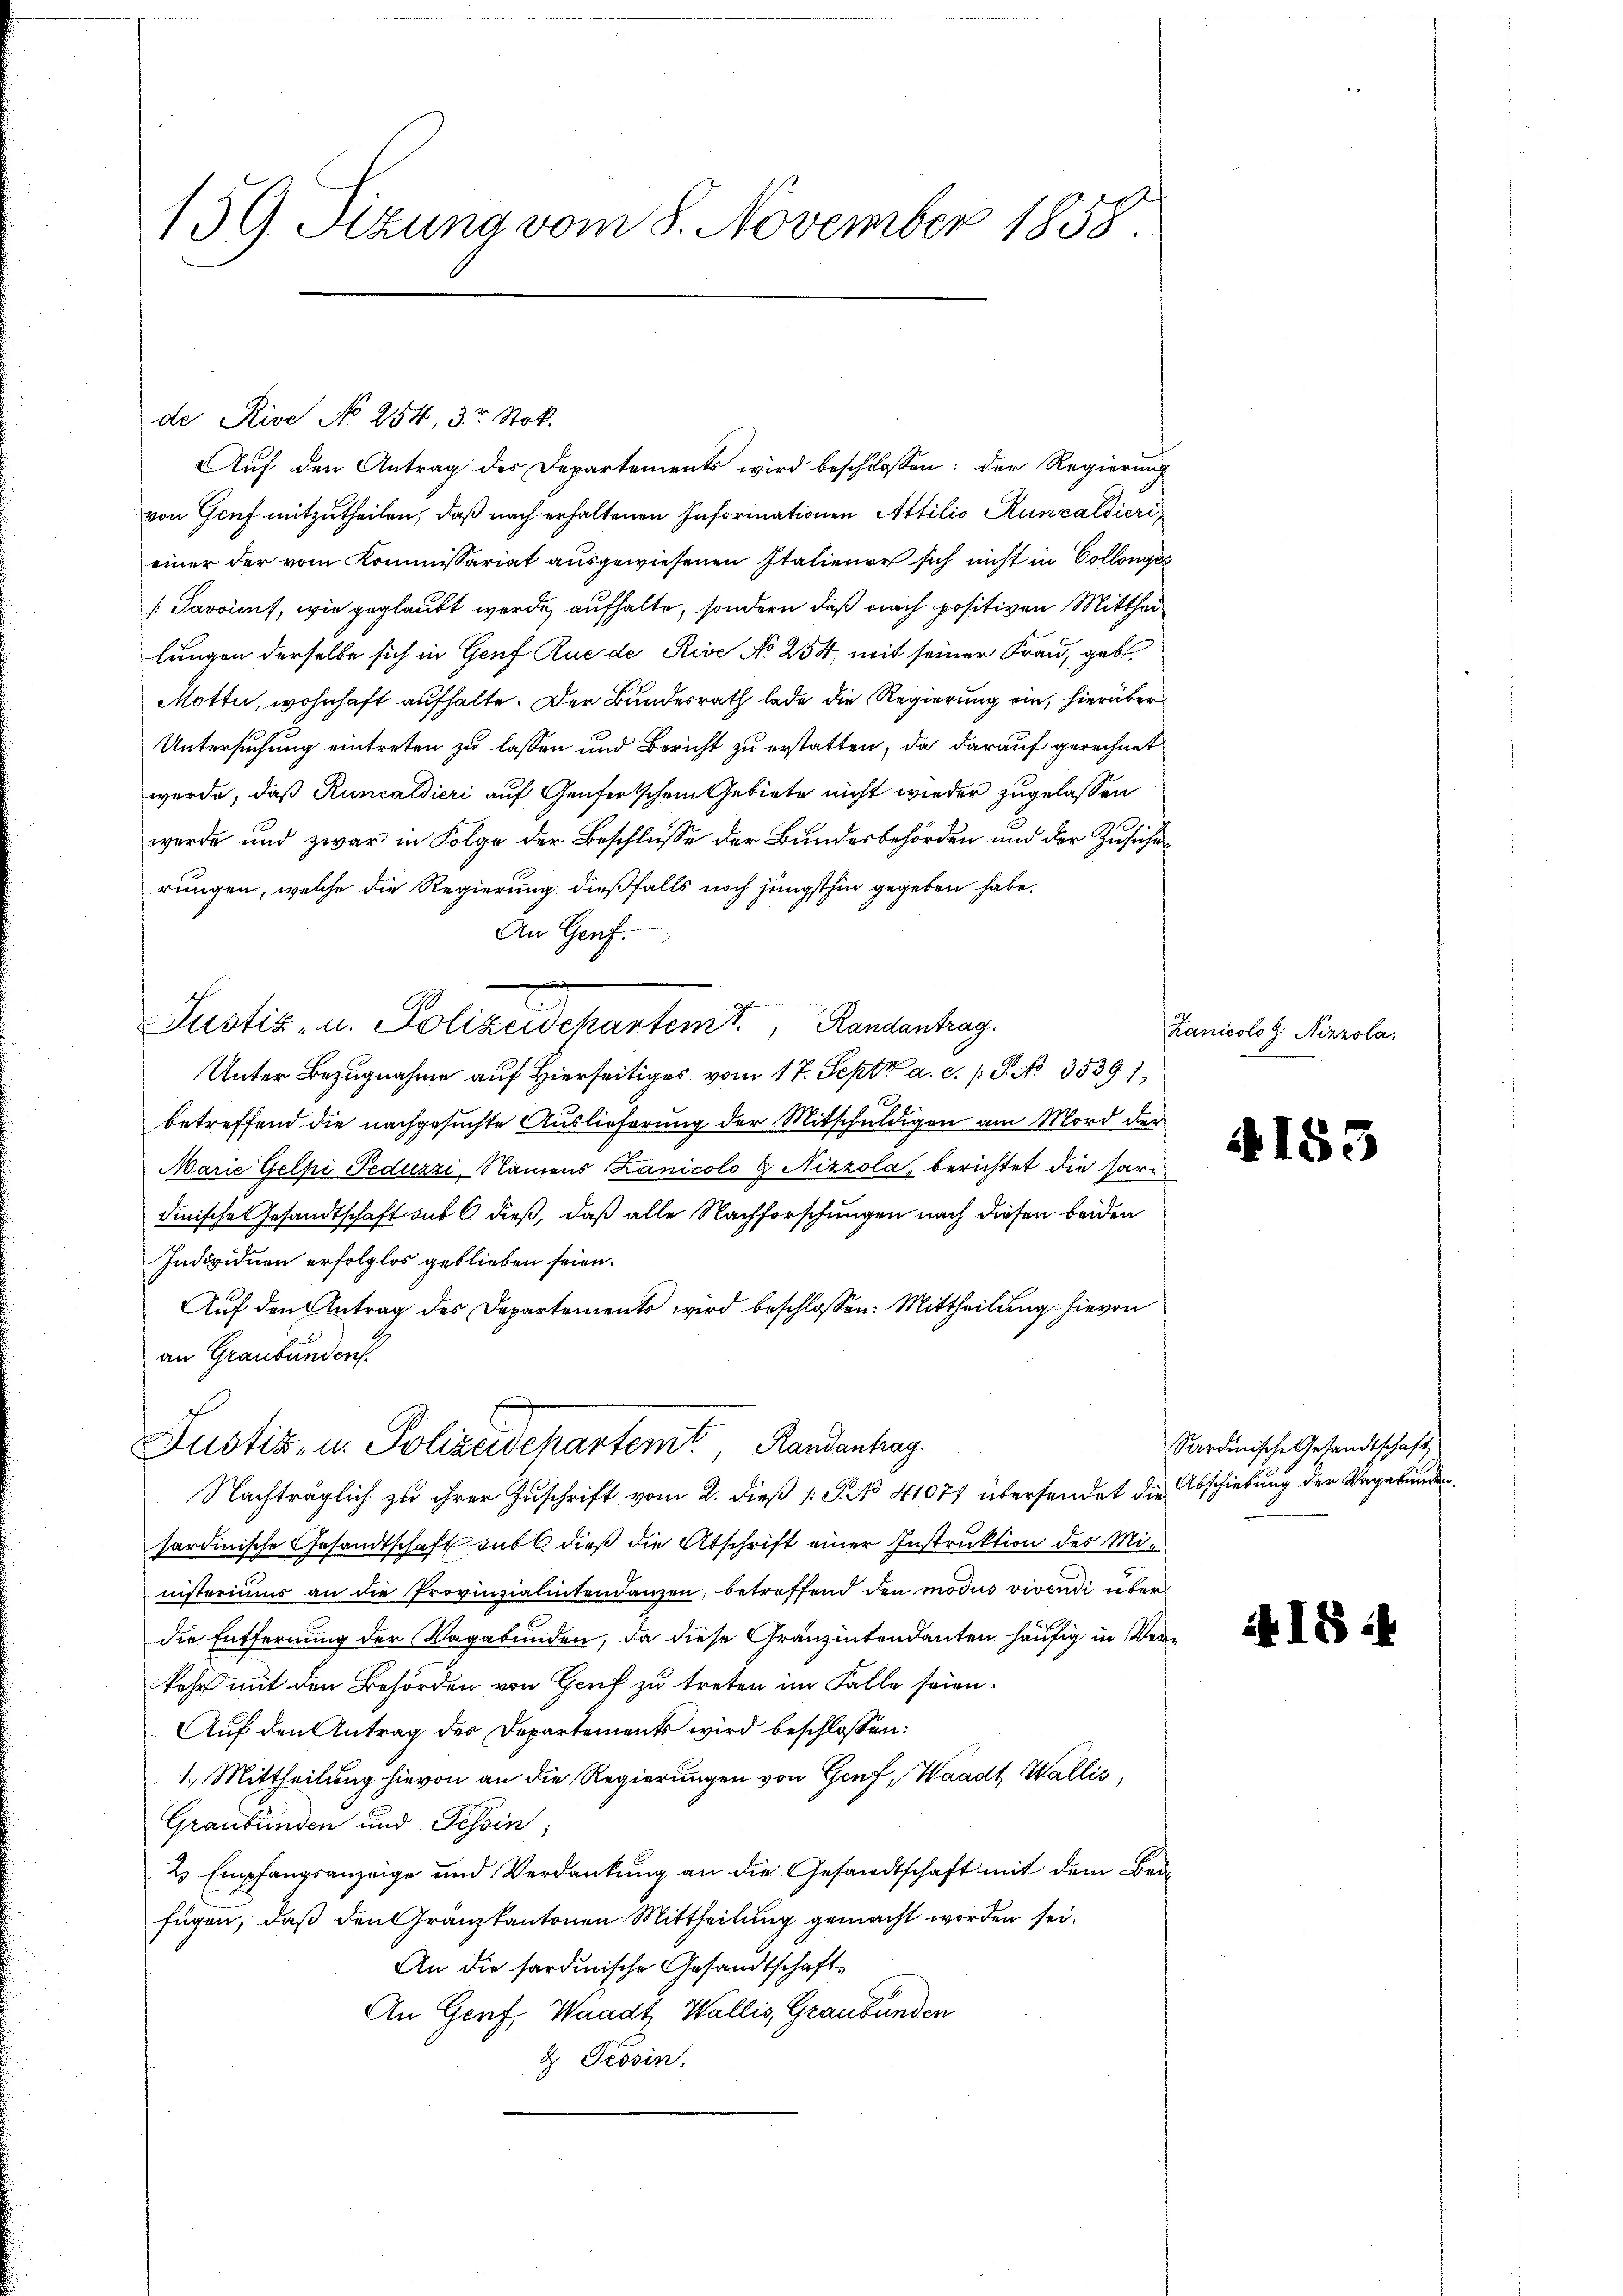
159. Sizung vom 8. November 1858

de Rive No 254, 32 Stok.
Auf den Antrag des Departements wird beschlossen: der Regierung
von Genf mitzutheilen, daß nach erhaltenen Informationen Attilio Runzaldieri
einer der vom Kommissariat ausgewiesenen Italiener sich nicht in Collenges
[Pavaienf, wie geglaubt werde aufhalte, sondern daß nach positiven Mittheilungen derselbe sich in Genf Que de Rive No 254, mit seiner Frau, gebe¬
Motta, wohnhaft aufhalte. Der Bundesrath lade die Regierung ein, hierüber¬
Untersuchung eintreten zu lassen und Bericht zu erstatten, da darauf gerechnet
wurde, daß Runcaldieri auf Genfertschem Gebiete nicht wieder zugelassen
werde und zwar in Folge der Beschlüsse der Bundesbehörden und der Zusicher
rungen, welche die Regierung dießfalls noch jüngsthin gegeben habe.
An Genf.
Ge
Justiz- u. Polizeidepartemt. Randenhag
Unter Bezugnahme auf Hierseitiges vom 17. Sept a. c. / P. No 3539),
betreffend die nachgesuchte Auslieferung der Mitschuldigen am Mord der
Marie Gelhi Peduzzi, Namens Lanicolo & Nizzola, berichtet die sardinische Gesandtschaft aus 6 dieß, daß alle Nachforschungen nach diesen beiden
Individuen erfolglos geblieben seien.
Auf den Antrag des Departements wird beschlossen: Mittheilung hievon
an Graubünden
Justiz- u. Polizeidepartemt, Randenhag
Nachträglich zu ihrer Zuschrift vom 2. dieß 1 S. No 41077 übersendet die Abschiebung der Vagabunden
sardinische Gesandtschaft auf dieß die Abschrift einer Instruktion des Ministeriums an die Provinzialintendanzen, betreffend den modus vivendi überdie Entfernung der Vagabunden, da diese Gränzintendanten häufig in Verkehr mit den Behörden von Genf zu treten im Falle seien.
Auf den Antrag des Departements wird beschlossen:
1. Mittheilung hievon an die Regierungen von Genf, Waadt, Wallis,
Graubünden und Tessin;
2 Empfangsanzeige und Verdankung an die Gesandtschaft mit dem Beifügen, daß den Gränzkantonen Mittheilung gemacht worden sei.
An die sardinische Gesandtschaft
An Genf, Waadt, Wallis, Graubünden
d. Tessin.

Lanicolo G Nizzola.

4155

Sardinische Gesandtschaft

418.